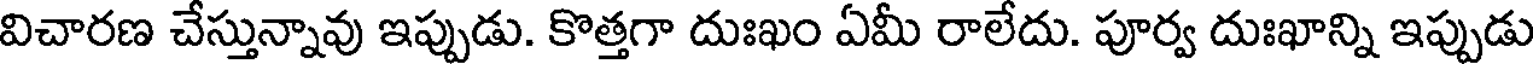
విచారణ చేస్తున్నావు ఇప్పుడు. కొత్తగా దుఃఖం ఏమీ రాలేదు. పూర్వ దుఃఖాన్ని ఇప్పుడు